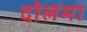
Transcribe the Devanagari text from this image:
दोलमा